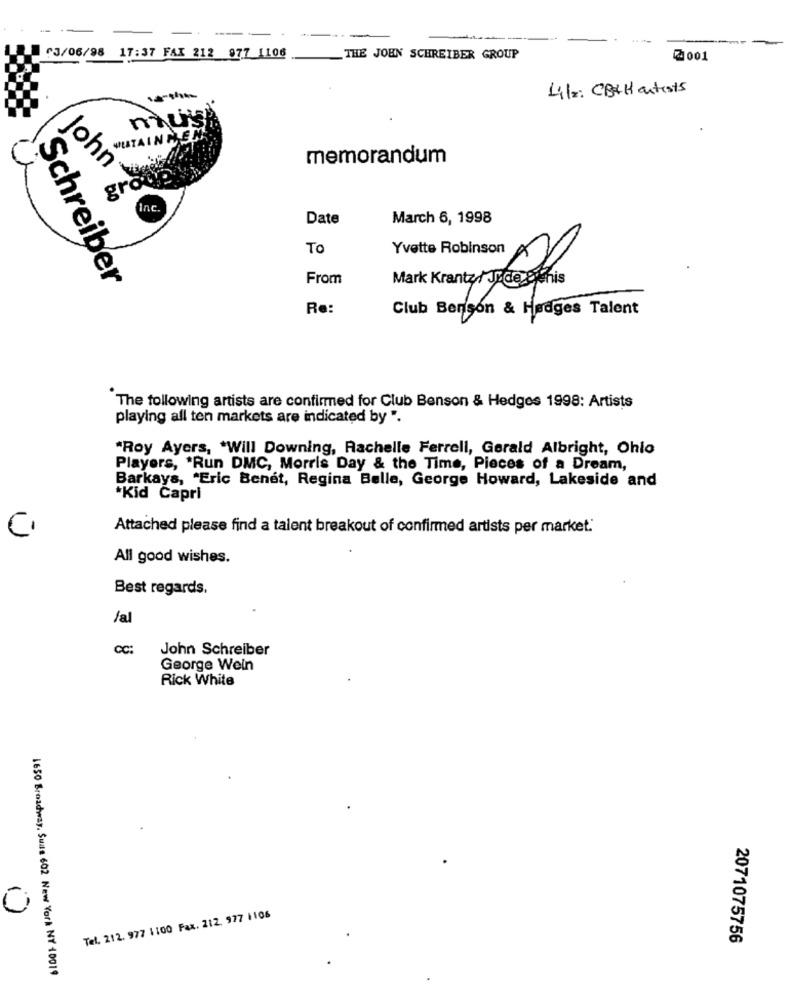
03/06/98 17:37 FAX 212 977 1106
THE JOHN SCHREIBER GROUP
2001
4/2: CASH artists
niu's
ITAINTEM
memorandum
John
grow
Inc.
Date
March 6, 1998
To
Yvette Robinson×
From
Schreiber
Re:
Club Berison & Hedges Talent
The following artists are confirmed for Club Benson & Hedges 1998: Artists
playing all ten markets are indicated by ".
"Roy Ayers, "Will Downing, Rachelle Ferrell, Gerald Albright, Ohio
Players, "Run DMC, Morris Day & the Time, Pieces of a Dream,
Barkays, "Eric Benet, Regina Belle, George Howard, Lakeside and
*Kid Capri
Attached please find a talent breakout of confirmed artists per market.
C.
All good wishes.
Best regards.
/al
CC:
John Schreiber
George Wein
Rick White
Tel. 212. 977 1100 Fax. 212. 977 1106
2071075756
1650 Broadway, Suas 602 New York NY 10019